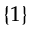
\{ 1 \}